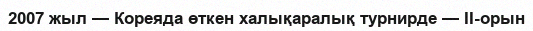
2007 жыл — Кореяда өткен халықаралық турнирде — ІІ-орын